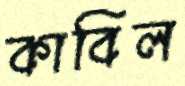
কাবিল